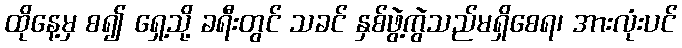
ထိုနေ့မှ စ၍ ရှေ့သို့ ခရီးတွင် သခင် နှစ်ဖွဲ့ကွဲသည်မရှိစေရ၊ အားလုံးပင်